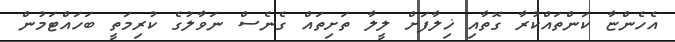
އެހެންޏާ ކަންތައްކުރާ ގޮތާއި ޚިލާފަށް ލީލާ ތަށިތައް ގެނެސް ނަވާލުގެ ކުރިމަތީ ބަހައްޓަމުން